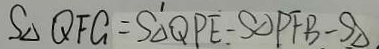
S _ { \Delta } Q F G - S _ { \Delta } Q P E - S _ { \Delta } P F B - S _ { \Delta }